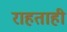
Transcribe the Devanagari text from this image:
राहताही